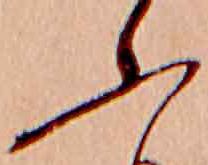
ふ